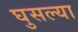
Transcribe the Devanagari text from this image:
घुसल्या